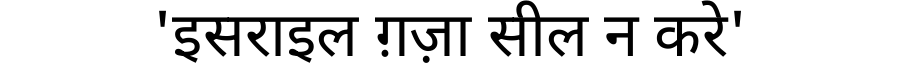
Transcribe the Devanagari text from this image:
'इसराइल ग़ज़ा सील न करे'